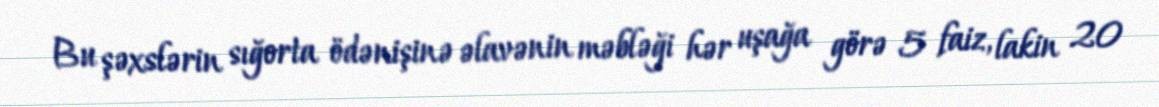
Bu şəxslərin sığorta ödənişinə əlavənin məbləği hər uşağa görə 5 faiz, lakin 20